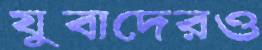
যুবাদেরও